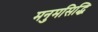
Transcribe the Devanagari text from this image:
मनुमसिद्धि